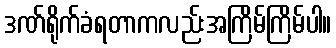
ဒဏ်ရိုက်ခံရတာကလည်းအကြိမ်ကြိမ်ပါ။